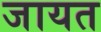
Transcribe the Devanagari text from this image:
जायत